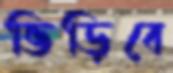
ভিড়িবে